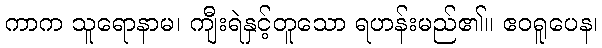
ကာက သူရောနာမ၊ ကျီးရဲနှင့်တူသော ရဟန်းမည်၏။ ဧဝရူပေန၊